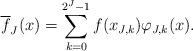
LaTeX: \begin{align*}\overline{f}_J(x) = \sum_{k=0}^{2^J-1} f(x_{J,k}) \varphi_{J,k}(x).\end{align*}